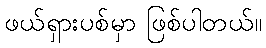
ဖယ်ရှားပစ်မှာ ဖြစ်ပါတယ်။